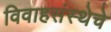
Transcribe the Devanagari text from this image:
विवाहसंस्थेचे